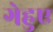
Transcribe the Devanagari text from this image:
गेहुए